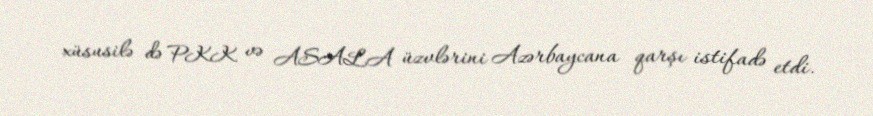
xüsusilə də PKK və ASALA üzvlərini Azərbaycana qarşı istifadə etdi.